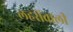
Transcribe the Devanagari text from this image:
लहरोंवाली